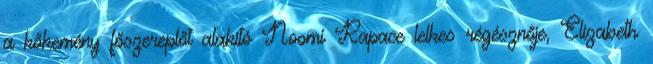
a kőkemény főszereplőt alakító Noomi Rapace lelkes régésznője, Elizabeth